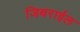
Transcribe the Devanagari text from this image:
जिबराईल